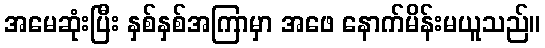
အမေဆုံးပြီး နှစ်နှစ်အကြာမှာ အဖေ နောက်မိန်းမယူသည်။